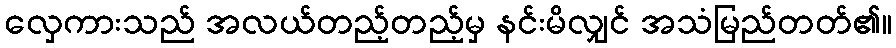
လှေကားသည် အလယ်တည့်တည့်မှ နင်းမိလျှင် အသံမြည်တတ်၏။